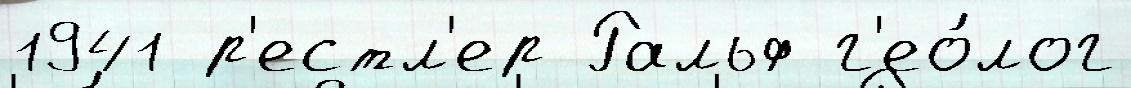
1941 р'естл'ер Ральф г'ео́лог